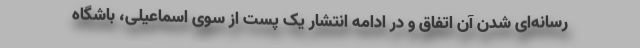
رسانه‌ای شدن آن اتفاق و در ادامه انتشار یک پست از سوی اسماعیلی، باشگاه